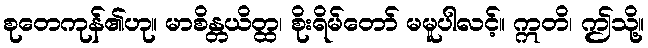
စုတေကုန်၏ဟု။ မာစိန္တယိတ္ထ၊ စိုးရိမ်တော် မမူပါလင့်။ ဣတိ၊ ဤသို့။